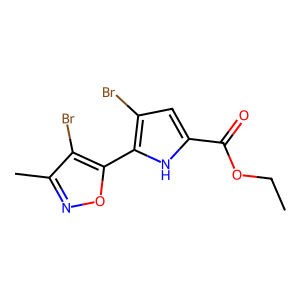
SMILES: CCOC(=O)c1cc(Br)c(-c2onc(C)c2Br)[nH]1
Inhibits HIV replication: No